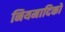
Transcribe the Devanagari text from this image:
नियमादिकों